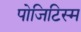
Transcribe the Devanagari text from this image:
पोजिटिस्म